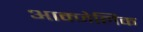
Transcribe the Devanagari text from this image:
आक्जेलिक